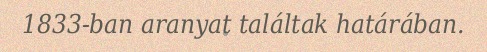
1833-ban aranyat találtak határában.